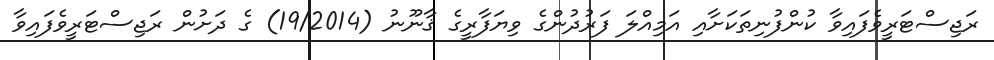
ރަޖިސްޓަރީވެފައިވާ ކުންފުނިތަކަށާއި އަމިއްލަ ފަރުދުންގެ ވިޔަފާރީގެ ޤާނޫނު (19/2014) ގެ ދަށުން ރަޖިސްޓަރީވެފައިވާ